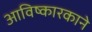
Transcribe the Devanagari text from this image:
आविष्कारकाने